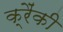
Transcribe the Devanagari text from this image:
क्रैंकी